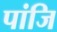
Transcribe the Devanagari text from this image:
पांजि